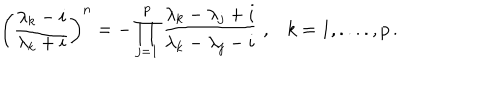
\left( \frac { \lambda _ { k } - i } { \lambda _ { k } + i } \right) ^ { n } = - \prod _ { j = 1 } ^ { p } \frac { \lambda _ { k } - \lambda _ { j } + i } { \lambda _ { k } - \lambda _ { j } - i } \; , k = 1 , . . . . , p \, .